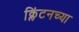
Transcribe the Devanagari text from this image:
क्लिंटनच्या